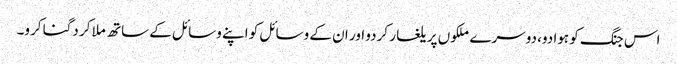
اس جنگ کو ہوا دو، دوسرے ملکوں پر یلغار کردو اور ان کے وسائل کو اپنے وسائل کے ساتھ ملا کر دگنا کرو۔